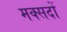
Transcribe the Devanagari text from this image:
मक्सदों